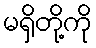
မရှိတို့ကို